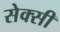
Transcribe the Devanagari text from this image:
सेक्‍सी